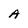
Character: A